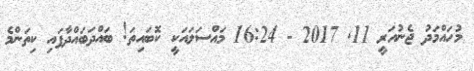
މުހައްމަދު ޖެނުއަރީ 11